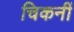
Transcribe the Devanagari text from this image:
चिकनीं